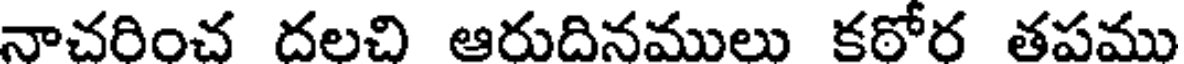
నాచరించ దలచి ఆరుదినములు కఠోర తపము